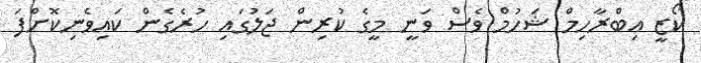
ކޯޒީ އިބްރާހިމް ޝަހުމް ވެސް ވަނީ މީގެ ކުރިން ޖަލުގައި ހުރެގެން ކައިވެނިކޮށްފަ